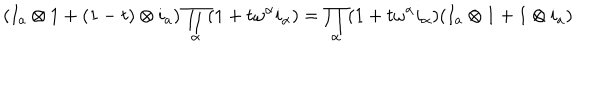
LaTeX: ( I _ { a } \otimes 1 + ( 1 - t ) \otimes i _ { a } ) \prod _ { \alpha } ( 1 + t \omega ^ { \alpha } i _ { \alpha } ) = \prod _ { \alpha } ( 1 + t \omega ^ { \alpha } i _ { \alpha } ) ( I _ { a } \otimes 1 + 1 \otimes i _ { a } )